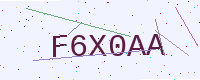
Text: F6X0AA